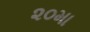
૨૦મા